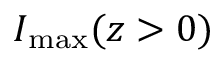
I _ { \mathrm { m a x } } ( z > 0 )